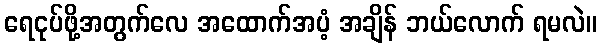
ရေငုပ်ဖို့အတွက်လေ အထောက်အပံ့ အချိန် ဘယ်လောက် ရမလဲ။